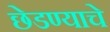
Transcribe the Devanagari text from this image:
छेडण्याचे